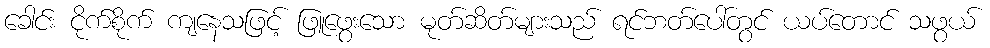
ခေါင်း ငိုက်စိုက် ကျနေသဖြင့် ဖြူဖွေးသော မုတ်ဆိတ်များသည် ရင်ဘတ်ပေါ်တွင် ယပ်တောင် သဖွယ်